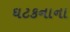
ઘટકનાના